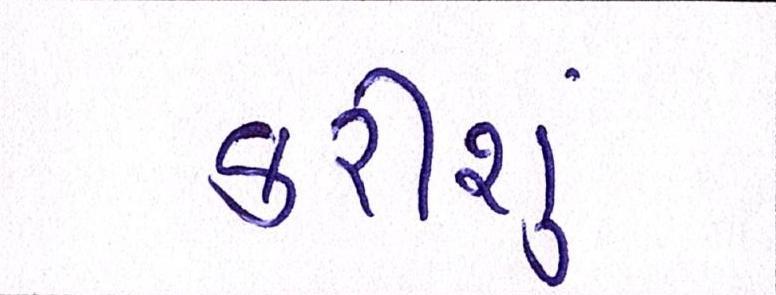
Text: કરીશું